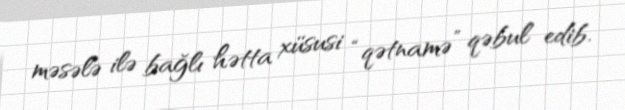
məsələ ilə bağlı hətta xüsusi “qətnamə” qəbul edib.